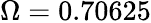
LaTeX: \Omega=0.70625